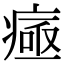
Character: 𤷉